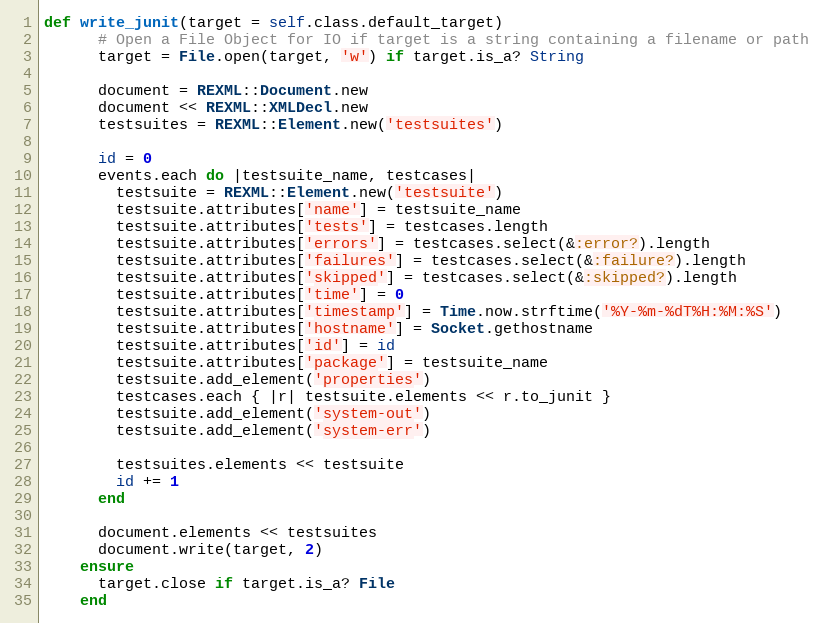
Language: Ruby
def write_junit(target = self.class.default_target)
      # Open a File Object for IO if target is a string containing a filename or path
      target = File.open(target, 'w') if target.is_a? String

      document = REXML::Document.new
      document << REXML::XMLDecl.new
      testsuites = REXML::Element.new('testsuites')

      id = 0
      events.each do |testsuite_name, testcases|
        testsuite = REXML::Element.new('testsuite')
        testsuite.attributes['name'] = testsuite_name
        testsuite.attributes['tests'] = testcases.length
        testsuite.attributes['errors'] = testcases.select(&:error?).length
        testsuite.attributes['failures'] = testcases.select(&:failure?).length
        testsuite.attributes['skipped'] = testcases.select(&:skipped?).length
        testsuite.attributes['time'] = 0
        testsuite.attributes['timestamp'] = Time.now.strftime('%Y-%m-%dT%H:%M:%S')
        testsuite.attributes['hostname'] = Socket.gethostname
        testsuite.attributes['id'] = id
        testsuite.attributes['package'] = testsuite_name
        testsuite.add_element('properties')
        testcases.each { |r| testsuite.elements << r.to_junit }
        testsuite.add_element('system-out')
        testsuite.add_element('system-err')

        testsuites.elements << testsuite
        id += 1
      end

      document.elements << testsuites
      document.write(target, 2)
    ensure
      target.close if target.is_a? File
    end